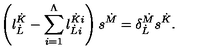
\left( l _ { \dot { L } } ^ { \dot { K } } - \sum _ { i = 1 } ^ { \Lambda } l _ { \dot { L } i } ^ { \dot { K } i } \right) s ^ { \dot { M } } = \delta _ { \dot { L } } ^ { \dot { M } } s ^ { \dot { K } } .